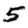
Digit: 5